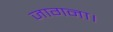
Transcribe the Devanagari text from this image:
जागना।